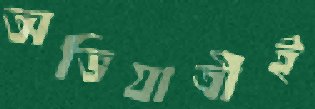
অভিযাত্রীই